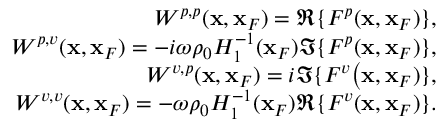
\begin{array} { r l r } & { } & { W ^ { p , p } ( { \bf x } , { \bf x } _ { F } ) = \Re \{ F ^ { p } ( { \bf x } , { \bf x } _ { F } ) \} , } \\ & { } & { W ^ { p , v } ( { \bf x } , { \bf x } _ { F } ) = - i \omega \rho _ { 0 } { \cal H } _ { 1 } ^ { - 1 } ( { \bf x } _ { F } ) \Im \{ F ^ { p } ( { \bf x } , { \bf x } _ { F } ) \} , } \\ & { } & { W ^ { v , p } ( { \bf x } , { \bf x } _ { F } ) = i \Im \{ F ^ { v } \bigr ( { \bf x } , { \bf x } _ { F } ) \} , } \\ & { } & { W ^ { v , v } ( { \bf x } , { \bf x } _ { F } ) = - \omega \rho _ { 0 } { \cal H } _ { 1 } ^ { - 1 } ( { \bf x } _ { F } ) \Re \{ F ^ { v } ( { \bf x } , { \bf x } _ { F } ) \} . } \end{array}